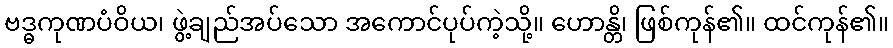
ဗဒ္ဓကုဏပံဝိယ၊ ဖွဲ့ချည်အပ်သော အကောင်ပုပ်ကဲ့သို့။ ဟောန္တိ၊ ဖြစ်ကုန်၏။ ထင်ကုန်၏။